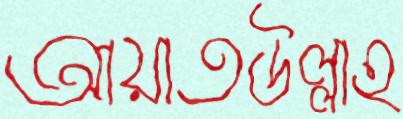
আয়াতউল্লাহ